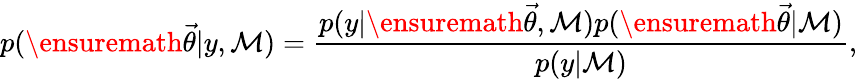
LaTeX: p(\ensuremath{\vec{\theta}}|y,\mathcal{M})=\frac{p(y|\ensuremath{\vec{\theta}},\mathcal{M})p(\ensuremath{\vec{\theta}}|\mathcal{M})}{p(y|\mathcal{M})},